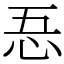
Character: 忢